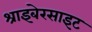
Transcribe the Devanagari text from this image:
श्राइबेरसाइट